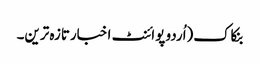
بنکاک(اُردو پوائنٹ اخبارتازہ ترین۔